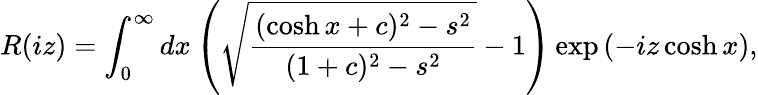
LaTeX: R(iz)=\int_{0}^{\infty}dx\left(\sqrt{\frac{(\cosh x+c)^{2}-s^{2}}{(1+c)^{2}-s^{2}}}-1\right)\exp\left(-iz\cosh x\right),